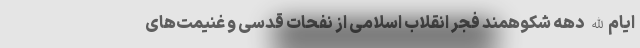
ایام‌الله دهه شکوهمند فجر انقلاب اسلامی از نفحات قدسی و غنیمت‌های